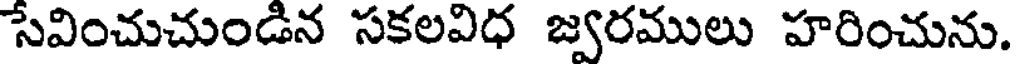
సేవించుచుండిన సకలవిధ జ్వరములు హరించును.